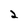
Character: 2